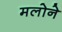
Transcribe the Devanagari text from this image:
मलोने